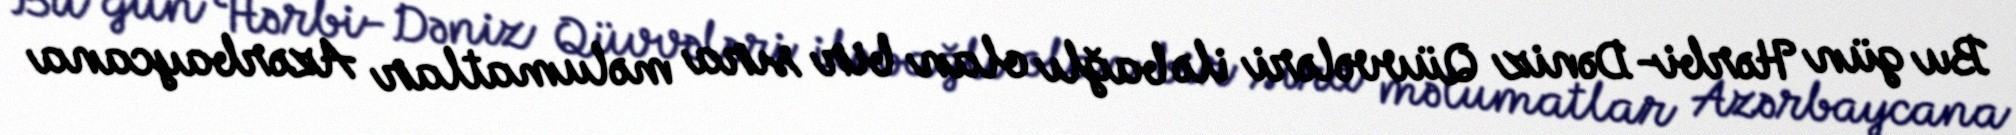
Bu gün Hərbi-Dəniz Qüvvələri ilə bağlı olan bir sıra məlumatlar Azərbaycana